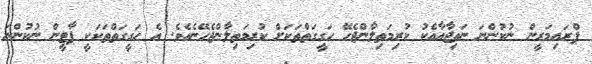
ޕްރައިމަރީން ނުކުންނަ ނަތިޖާއާއެކު ކުރިމަތިލާންޖެހޭ ހަގީގަތްތަކަށް ކުރިމަތިލާންޖެހޭނެއެވެ. އެ ހަގީގަތްތަކަކީ ޕާޓީން ނުކުންނަ